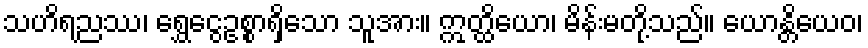
သဟိရညဿ၊ ရွှေငွေဥစ္စာရှိသော သူအား။ ဣတ္ထိယော၊ မိန်းမတို့သည်။ ယောန္တိယေဝ၊